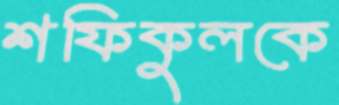
শফিকুলকে